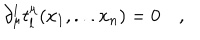
\partial _ { \mu } ^ { l } t _ { l } ^ { \mu } ( x _ { 1 } , . . . x _ { n } ) = 0 \quad , { }